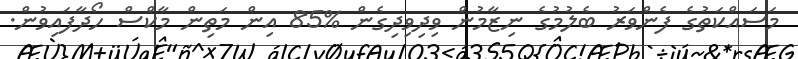
މަސައްކަތުގެ ފެންވަރު ބެލުމުގެ ނިޒާމުން ވިދިވިދިގެން %85 އިން މަތިން މާކްސް ހޯދާފައިވުން.